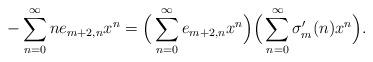
LaTeX: \begin{align*} -\sum_{n=0}^\infty n e_{m+2,n} x^n &= \Big( \sum_{n=0}^\infty e_{m+2,n} x^n \Big) \Big( \sum_{n=0}^\infty \sigma'_m(n) x^n \Big).\end{align*}